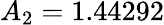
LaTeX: A_{2}=1.44292